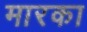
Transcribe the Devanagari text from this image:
मारका